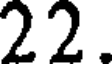
22.